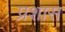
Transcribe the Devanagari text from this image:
प्रशास